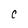
Character: C